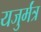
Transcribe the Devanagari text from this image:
यजुर्मंत्र